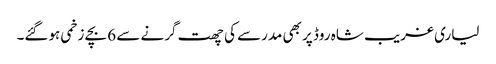
لیاری غریب شاہ روڈ پر بھی مدرسے کی چھت گرنے سے 6 بچے زخمی ہوگئے۔